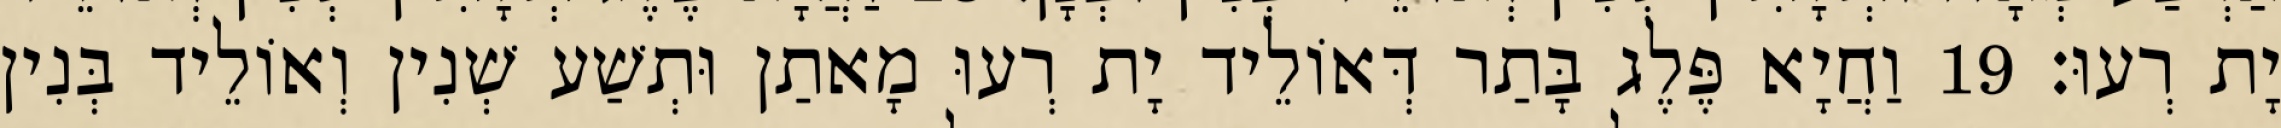
יָת רְעוּ׃ 19 וַחֲיָא פֶּלֶג בָּתַר דְּאוֹלֵיד יָת רְעוּ מָאתַן וּתְשַׁע שְׁנִין וְאוֹלֵיד בְּנִין